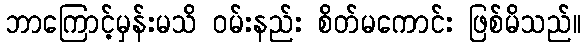
ဘာကြောင့်မှန်းမသိ ဝမ်းနည်း စိတ်မကောင်း ဖြစ်မိသည်။